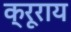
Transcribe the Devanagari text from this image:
क्रूराय